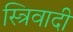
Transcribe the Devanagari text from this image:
स्त्रिवादी